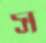
স